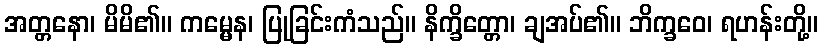
အတ္တနော၊ မိမိ၏။ ကမ္မေန၊ ပြုခြင်းကံသည်။ နိက္ခိတ္တော၊ ချအပ်၏။ ဘိက္ခဝေ၊ ရဟန်းတို့။